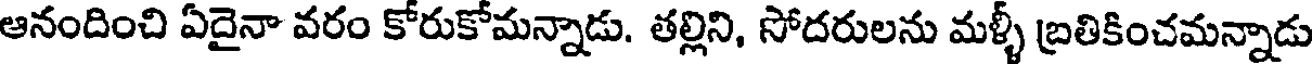
ఆనందించి ఏదైనా వరం కోరుకోమన్నాడు. తల్లిని, సోదరులను మళ్ళీ బ్రతికించమన్నాడు